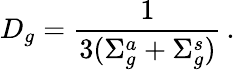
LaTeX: D_{g}=\frac{1}{3(\Sigma_{g}^{a}+\Sigma_{g}^{s})}\, .